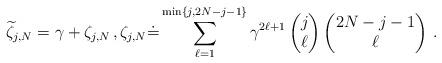
LaTeX: \begin{align*} \widetilde \zeta_{j,N} = \gamma + \zeta_{j,N} \,, \zeta_{j,N} \dot = \sum_{\ell=1}^{\min\{j,2N-j-1\}}\gamma^{2\ell +1} \begin{pmatrix} j \\ \ell\end{pmatrix} \begin{pmatrix}2N-j-1 \\ \ell\end{pmatrix} \,.\end{align*}